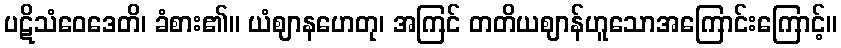
ပဋိသံဝေဒေတိ၊ ခံစား၏။ ယံဈာနဟေတု၊ အကြင် တတိယဈာန်ဟူသောအကြောင်းကြောင့်။